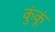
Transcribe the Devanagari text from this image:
कुंकूं